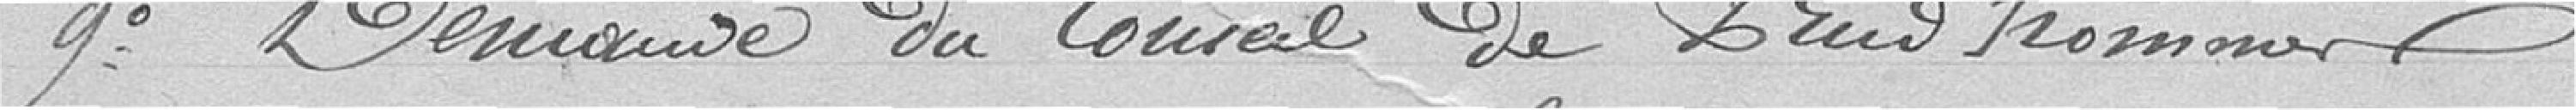
9° Demande du Conseil de Prud'hommes